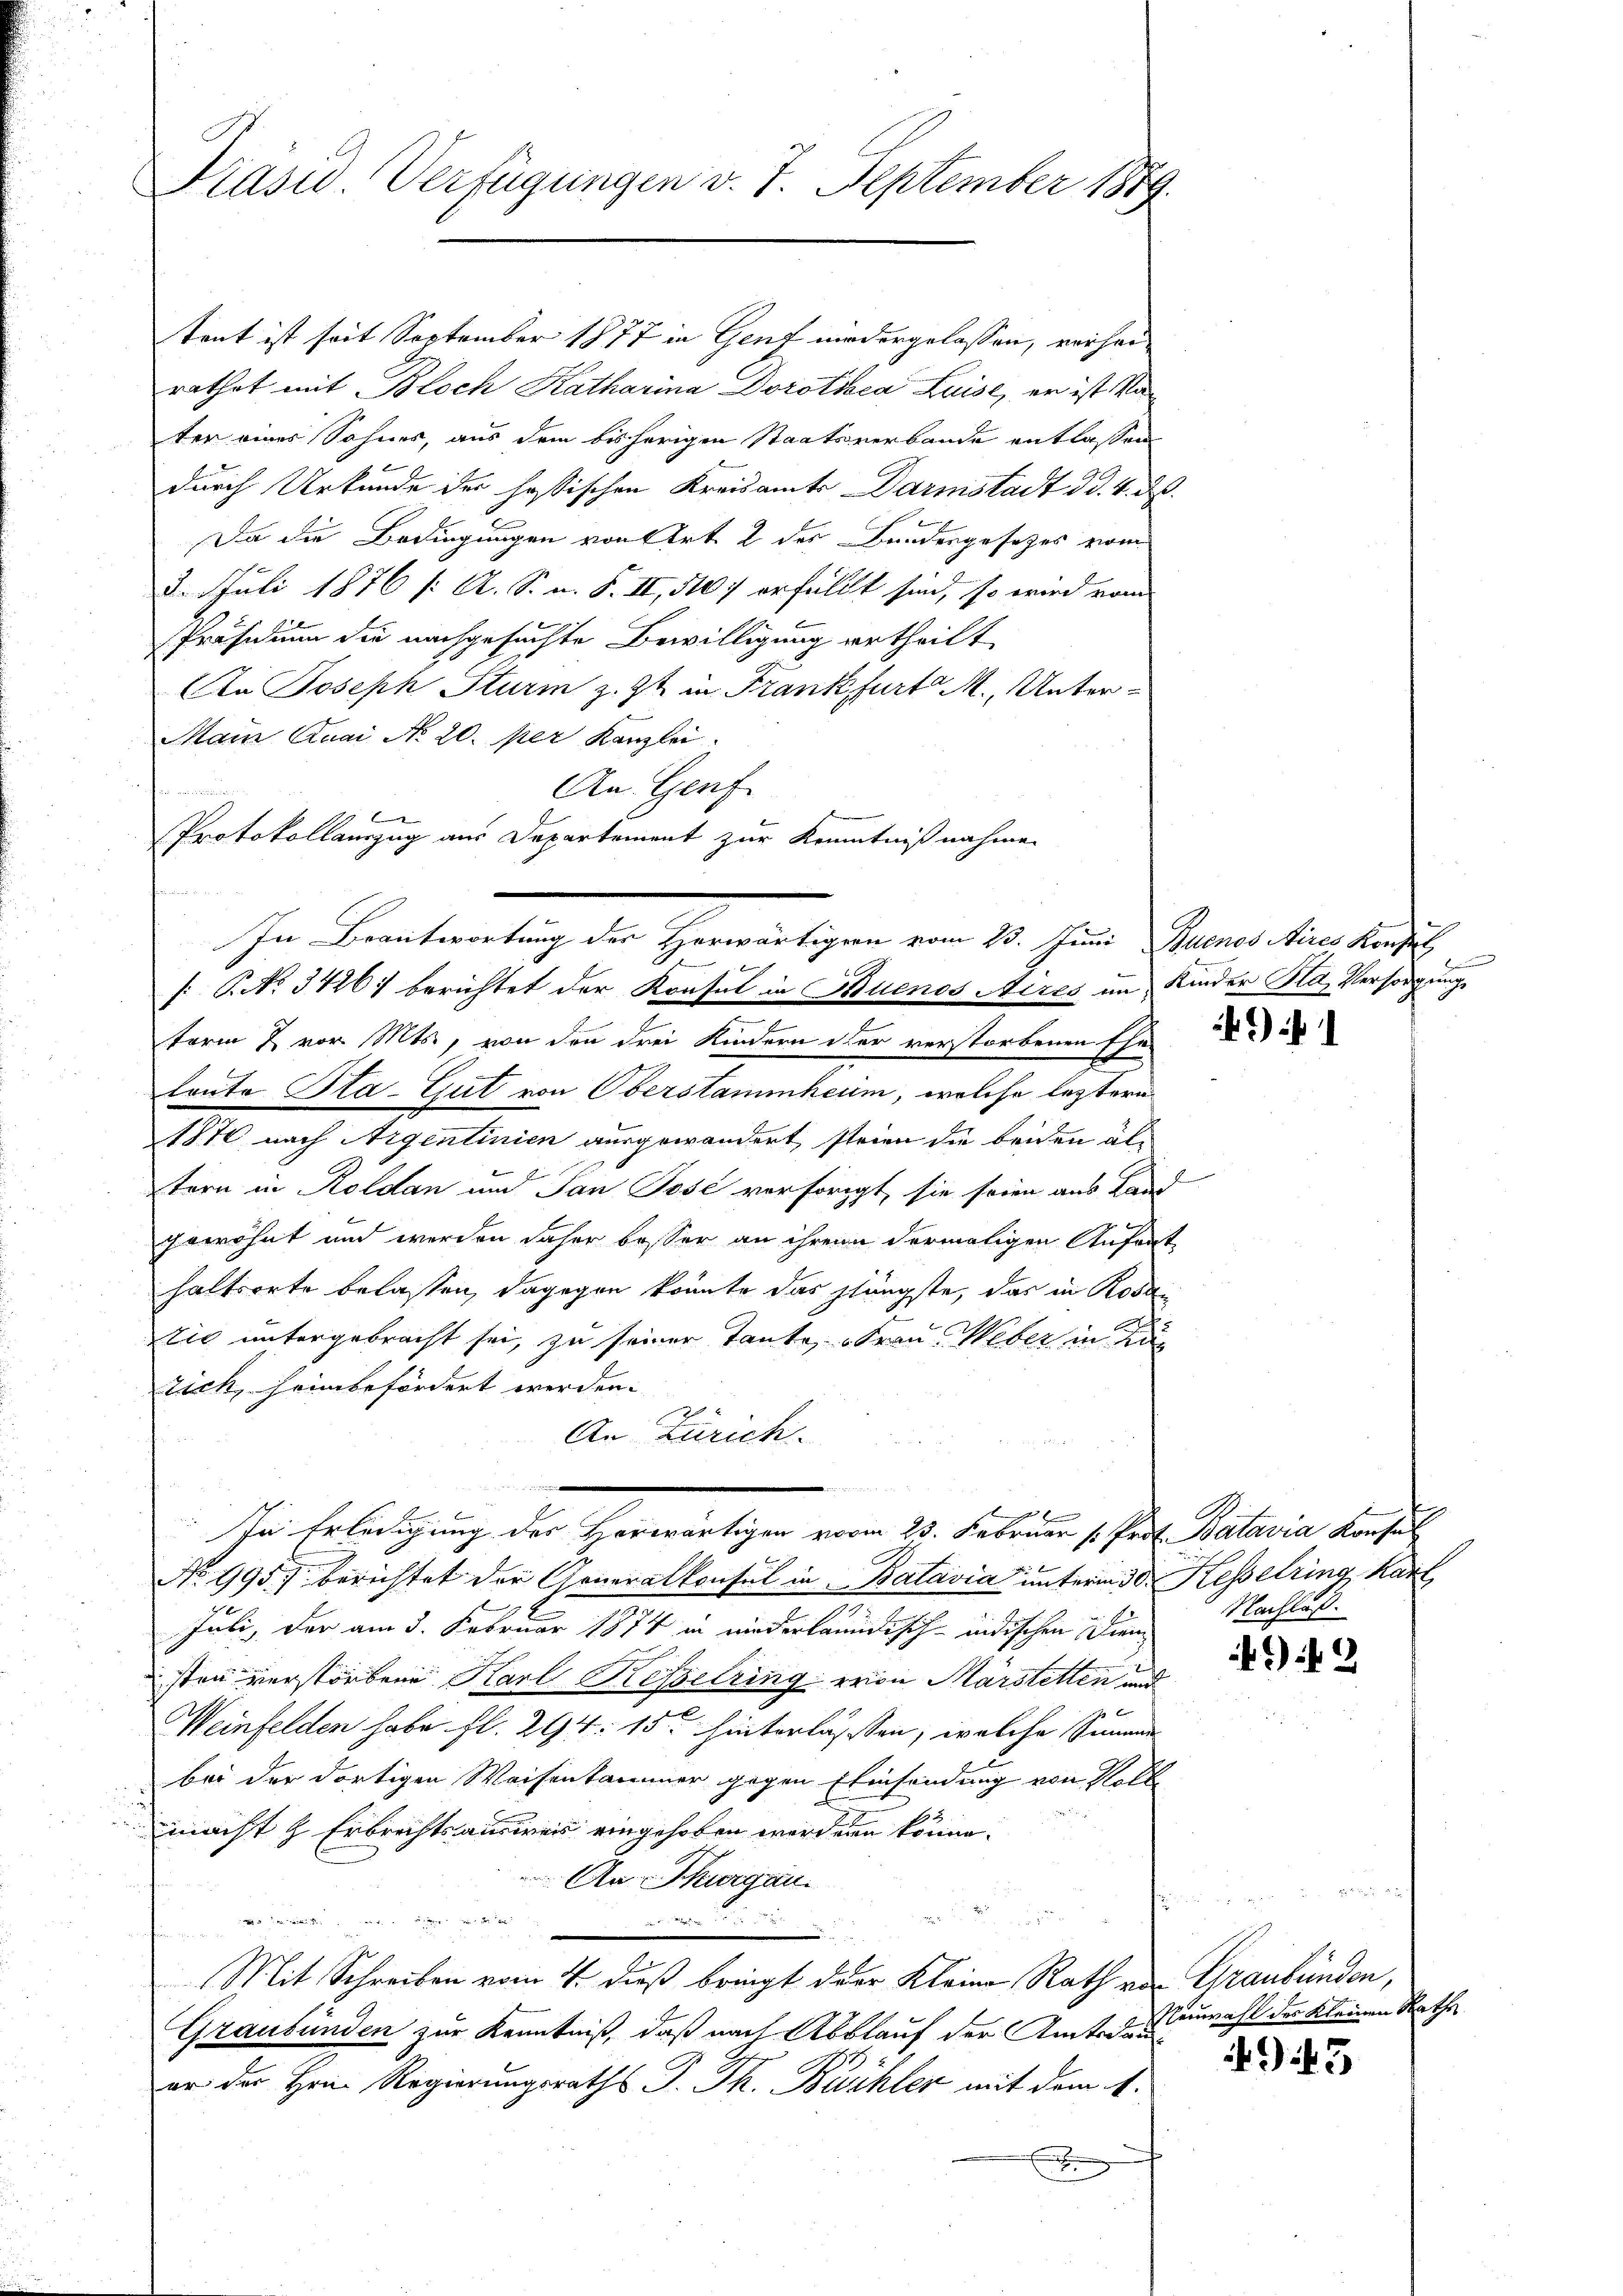
Präsid. Verfügungen v. 7. September 1889.

tent ist seit September 1877 in Genf niedergelassen, verheirathet mit Bloch Katharina Dorotica Luise, er ist Vater eines Sohnes, aus dem bisherigen Staatsverbande entlassen
durch Urkunde der hastischen Kreisamts Darmstadt d. d. 4. d
Da die Bedingungen von Art. 2 des Bundergesetzes vom
8. Juli 1876 /: A. S. n. F. II, 1107 erfüllt sind, so wird vom
Präsidium die nachgesuchte Bewilligung ertheilt
Aa Joseph Sturm z. Zt. in Frankfurt M. Unter¬
Main Quai No 20. per Kanzlei
An Genf
C
K
: P. No. 3426) berichtet der Konsul in Buenos Aires im Kinder Ha, Versorgung
t
Form & vor. Mts., von den drei Kindern der verstorbenen Ehe-
toute Sta-Gut von Oberstammheim, welche leztern
1870 nach Argentinien ausgewandert, steien die beiden altern in Koldan und San Tose versorgt, sie seien aus Lade
gewöhnt und werden daher besser an ihren dermaligen Anfrat
haltsorte belassen, dagegen könnte das glängste, das in Rosa
Elie untergebracht sei, zu seiner Tante, Frau Weber in Lag
rich, heimbefördert werden.
An Zürich.
 f 0 x
In Erledigung der Herwärtiger vom 23. Februar 1. Frd. Batavia Konsul
No 995. berichtet der Generalkonsul in Batavia unterm 30. Kesselring, Karl
Juli, der am 5. Februar 1874 in niederlannde sich indischen Dien
sten verstorbene Karl Kesselring von Märstetten und
Weinfelden habe fl. 294. 15. hinterlassen, welche Summe
bei der dortigen Waisenkammer gegen Einsendung von Rolle
macht & Erbrechts ausweis eingehoben werden könne.
An Thurgau.

¬

u
Mit Schreiben vom 4. dieß bringt oder Kleine Rath von Graubünden,
Graubünden zur Kenntniß, daß nach Abblauf der Amtsdauer der Hein Regierungsraths J. Th. Buchler mit dem 1.
n

Protokollauszug aus Departement zur Kenntnißnahmen
In Beantretung der Heimaligen vom 15. in Genannten ander

1

n

f
8

Nachlaß.

942

Neuwahl des Kleinen Rathe

5